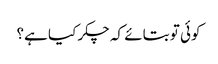
کوئی تو بتائے کہ چکر کیا ہے؟